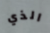
الذي